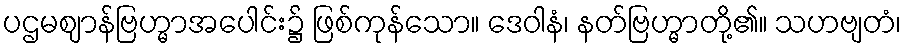
ပဌမဈာန်ဗြဟ္မာအပေါင်း၌ ဖြစ်ကုန်သော။ ဒေဝါနံ၊ နတ်ဗြဟ္မာတို့၏။ သဟဗျတံ၊